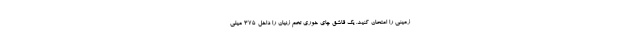
زمینی را امتحان کنید. یک قاشق چای خوری تخم زنیان را داخل 375 میلی